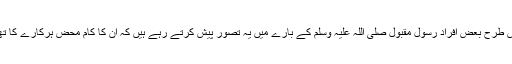
اس طرح بعض افراد رسول مقبول صلی اللہ علیہ وسلم کے بارے میں یہ تصور پیش کرتے رہے ہیں کہ ان کا کام محض ہرکارے کا تھا۔